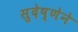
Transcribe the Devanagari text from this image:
सुदेष्णेने